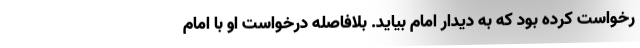
رخواست کرده بود که به دیدار امام بیاید. بلافاصله درخواست او با امام